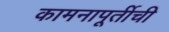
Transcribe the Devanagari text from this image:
कामनापूर्तीची